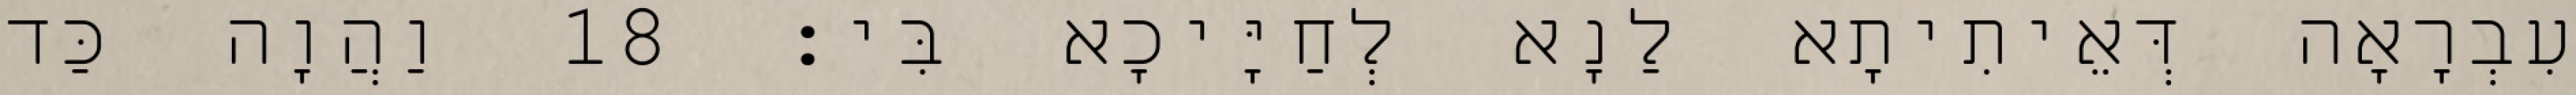
עִבְרָאָה דְּאֵיתִיתָא לַנָא לְחַיָּיכָא בִּי׃ 18 וַהֲוָה כַּד